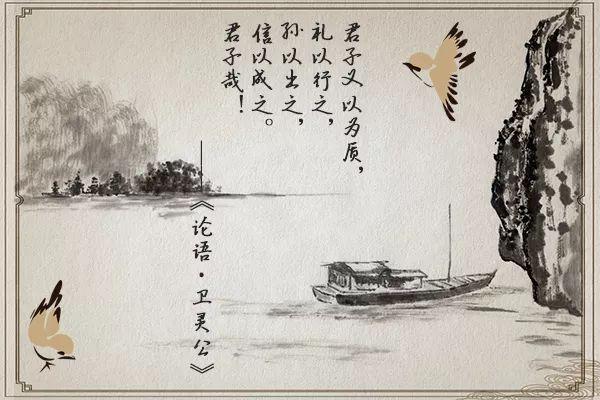
其交也以道，其接也以礼，斯孔子受之矣。